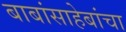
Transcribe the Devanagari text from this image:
बाबांसाहेबांचा